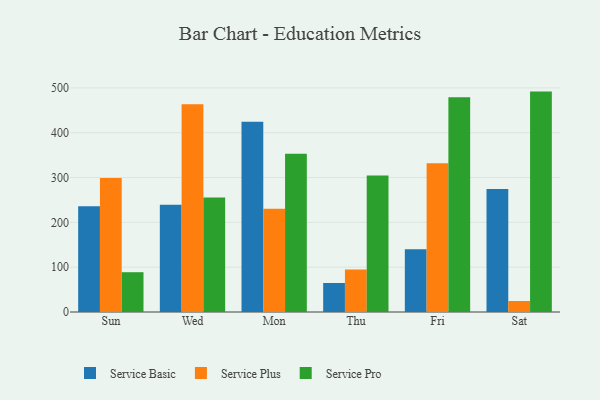
{"axis": {"x": "Day", "y": "Satisfaction Score"}, "legend": ["Service Basic", "Service Plus", "Service Pro"], "data": [{"x": "Sun", "y": 236.2, "type": "Service Basic"}, {"x": "Sun", "y": 298.8, "type": "Service Plus"}, {"x": "Sun", "y": 88.8, "type": "Service Pro"}, {"x": "Wed", "y": 239.1, "type": "Service Basic"}, {"x": "Wed", "y": 463.6, "type": "Service Plus"}, {"x": "Wed", "y": 255.7, "type": "Service Pro"}, {"x": "Mon", "y": 424.5, "type": "Service Basic"}, {"x": "Mon", "y": 230.5, "type": "Service Plus"}, {"x": "Mon", "y": 353.2, "type": "Service Pro"}, {"x": "Thu", "y": 64.7, "type": "Service Basic"}, {"x": "Thu", "y": 94.8, "type": "Service Plus"}, {"x": "Thu", "y": 304.4, "type": "Service Pro"}, {"x": "Fri", "y": 140.2, "type": "Service Basic"}, {"x": "Fri", "y": 331.9, "type": "Service Plus"}, {"x": "Fri", "y": 478.9, "type": "Service Pro"}, {"x": "Sat", "y": 274.2, "type": "Service Basic"}, {"x": "Sat", "y": 24.6, "type": "Service Plus"}, {"x": "Sat", "y": 491.7, "type": "Service Pro"}]}